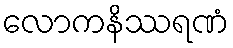
လောကနိဿရဏံ